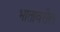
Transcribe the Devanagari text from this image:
भातावरील